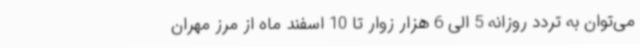
می‌توان به تردد روزانه 5 الی 6 هزار زوار تا 10 اسفند ماه از مرز مهران